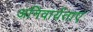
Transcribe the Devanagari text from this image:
अनिवार्यताएं